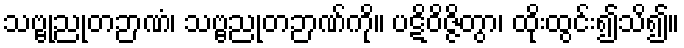
သဗ္ဗုညုတဉာဏံ၊ သဗ္ဗညုတဉာဏ်ကို။ ပဋိဝိဇ္ဇိတွာ၊ ထိုးထွင်း၍သိ၍။